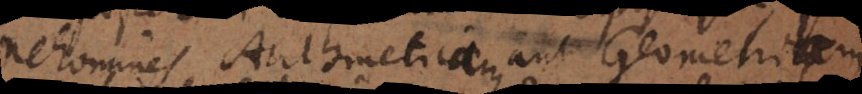
ne homines Arithmeticam aut Geometriam